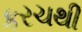
કરચથી